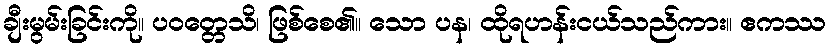
ချီးမွမ်းခြင်းကို။ ပဝတ္တေသိ၊ ဖြစ်စေ၏။ သော ပန၊ ထိုရဟန်းငယ်သည်ကား။ ဧကဿ